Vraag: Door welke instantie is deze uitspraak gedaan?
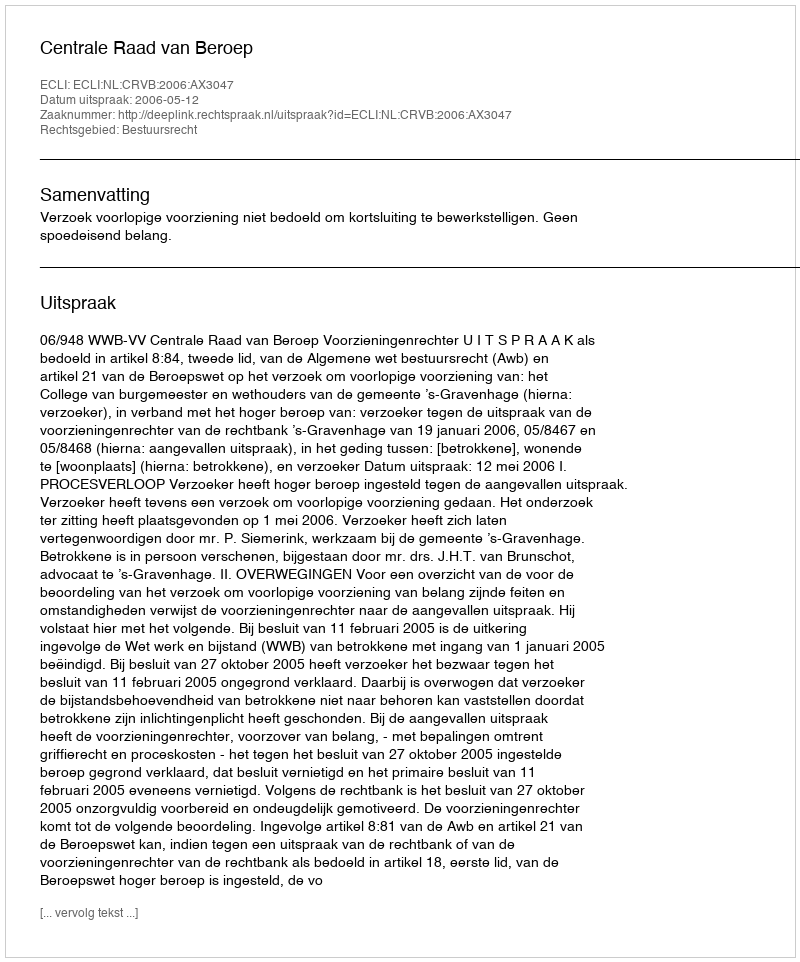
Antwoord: Centrale Raad van Beroep